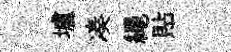
壚凑繩貼